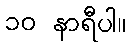
၁၀ နာရီပါ။